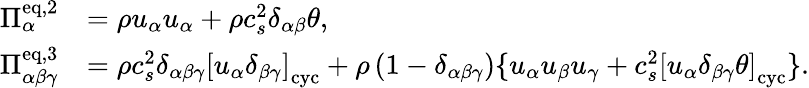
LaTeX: \begin{array}{rl}{\Pi_{\alpha}^{\mathrm{eq,2}}}&{=\rho u_{\alpha}u_{\alpha}+\rho c_{s}^{2}\delta_{\alpha\beta}\theta,}\\ {\Pi_{\alpha\beta\gamma}^{\mathrm{eq,3}}}&{=\rho c_{s}^{2}\delta_{\alpha\beta\gamma}\left[u_{\alpha}\delta_{\beta\gamma}\right]_{\mathrm{cyc}}+\rho\left(1-\delta_{\alpha\beta\gamma}\right)\{ u_{\alpha}u_{\beta}u_{\gamma}+c_{s}^{2}\left[u_{\alpha}\delta_{\beta\gamma}\theta\right]_{\mathrm{cyc}}\} .}\end{array}